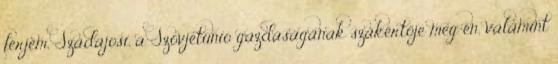
férjem, Szadajosi, a Szovjetunió gazdaságának szakértője meg én, valamint